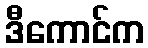
ဒီကောင်က